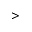
>